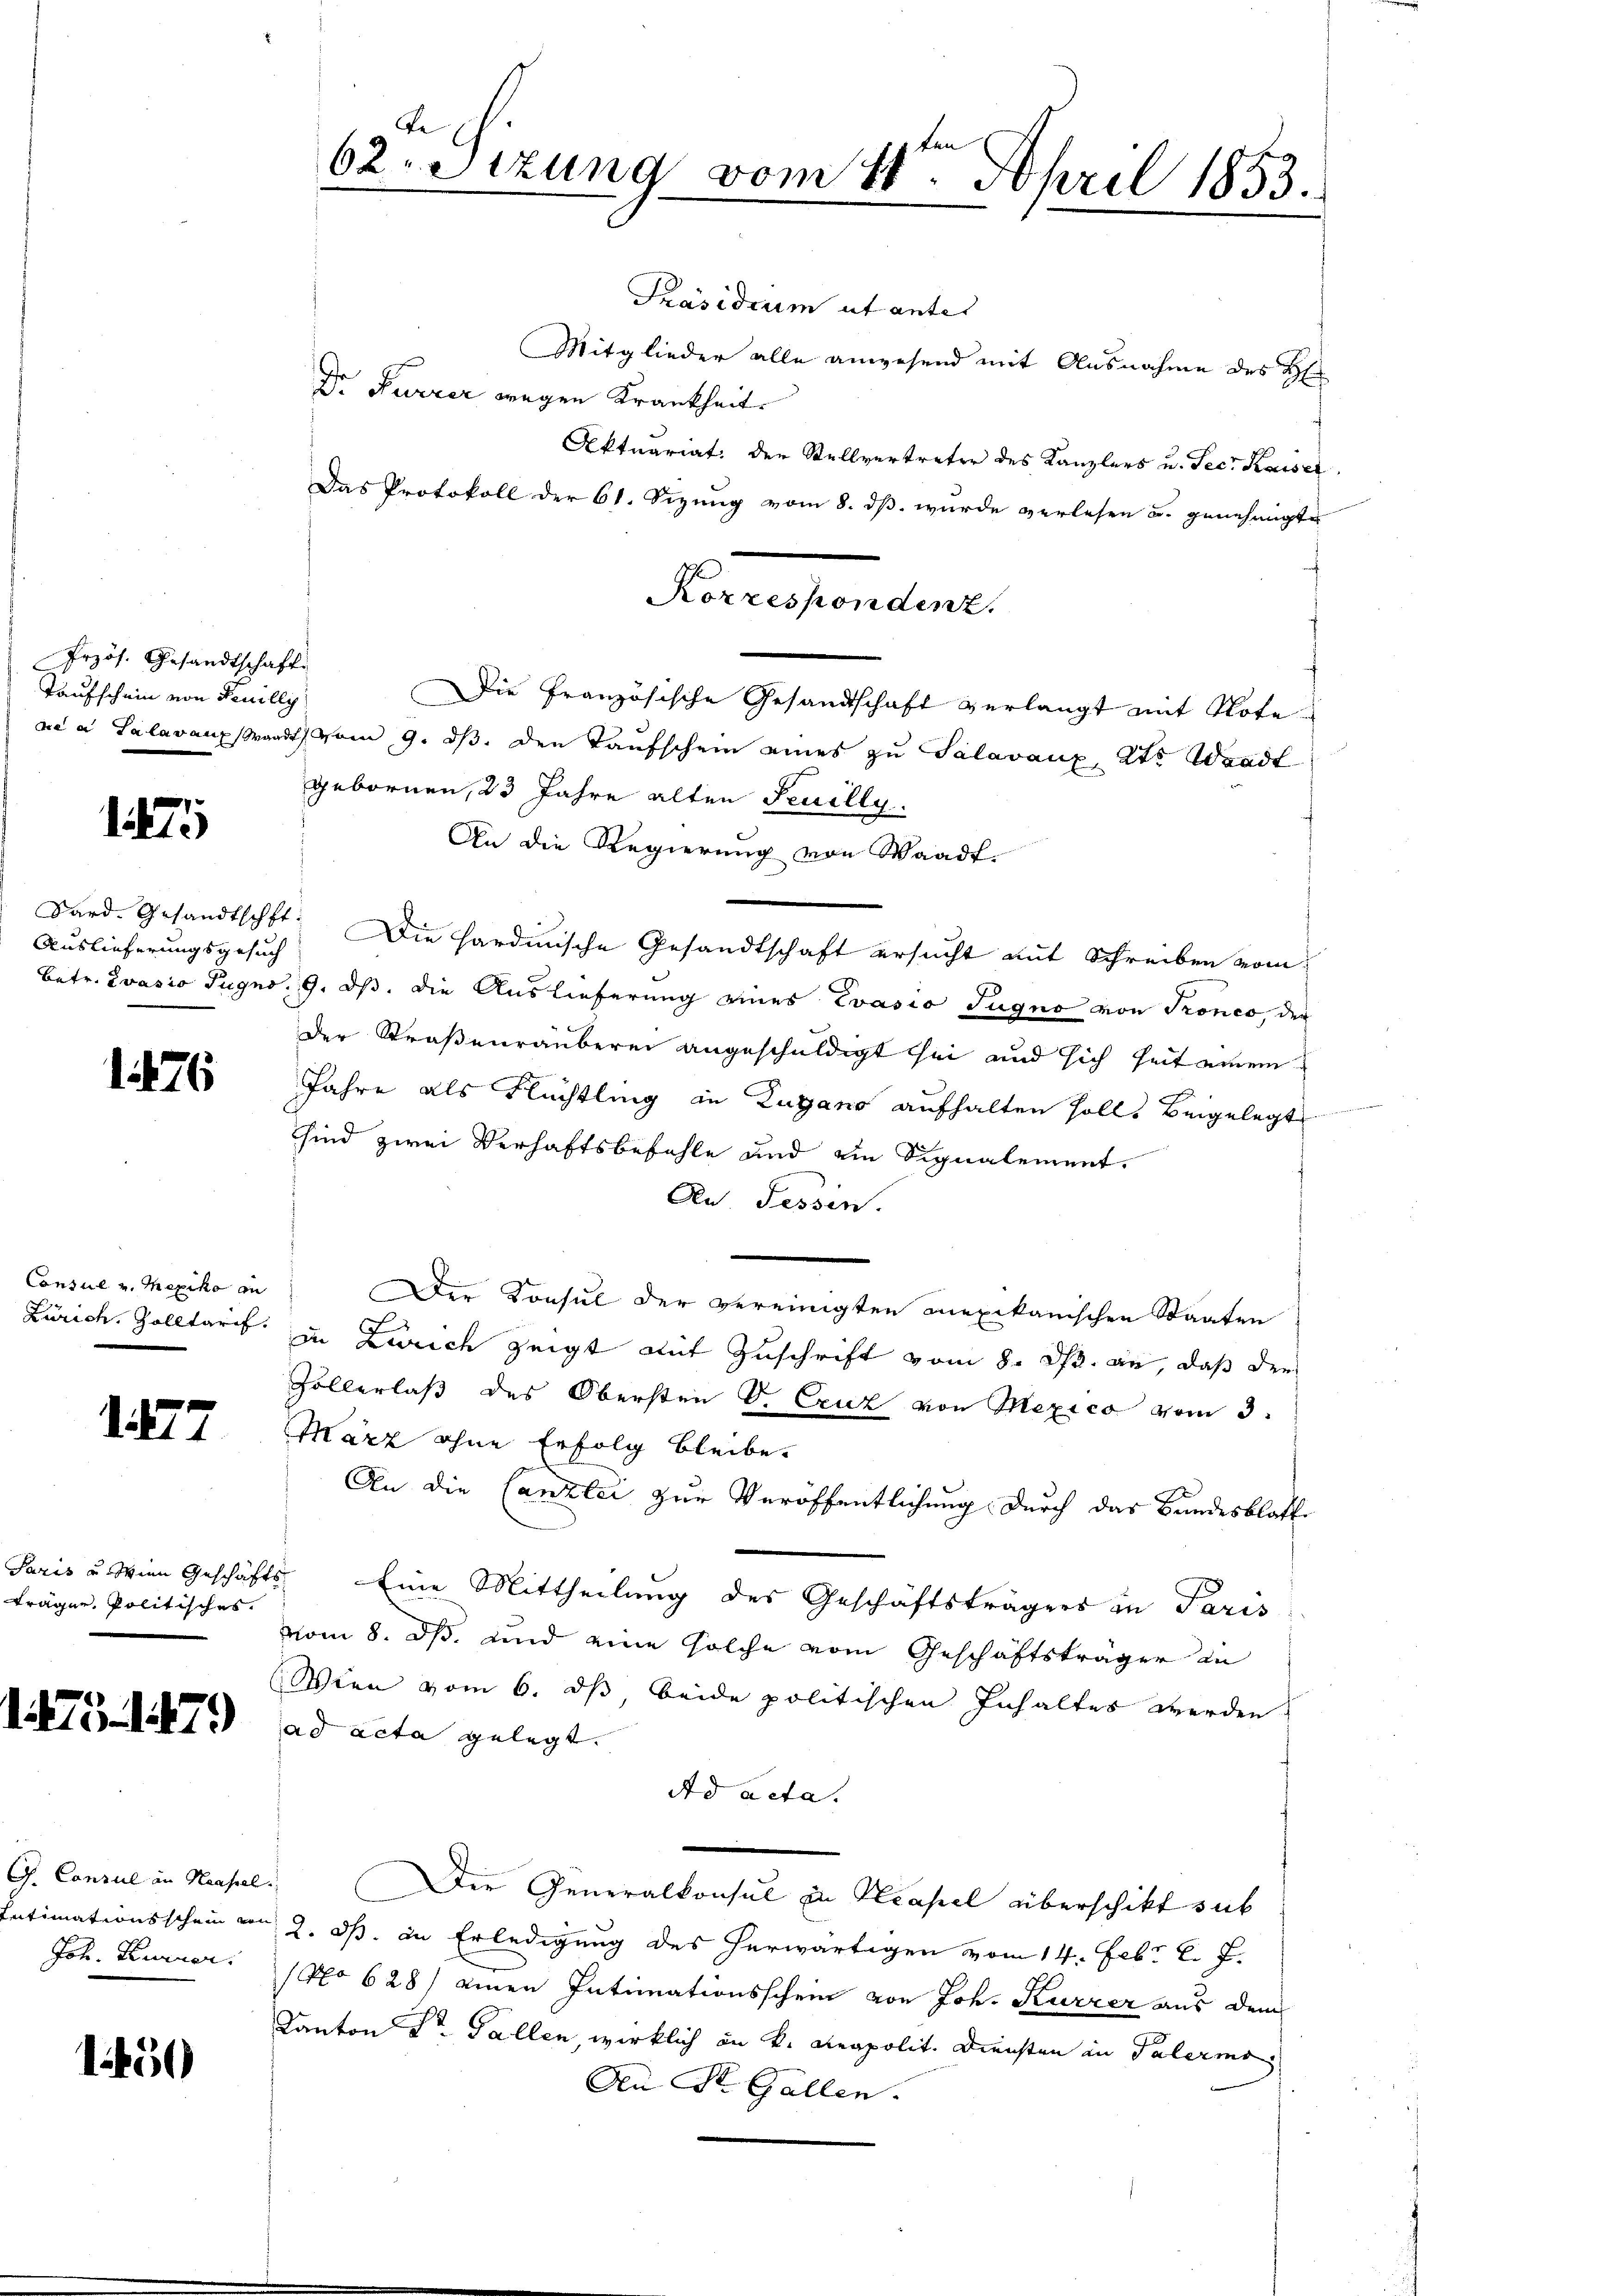
Erzös. Gesandtschaft
Taufschein von Feuilly

Auslieferungsgesuch

175

1

1276

Consul u. Mexiko an

1. 477

Fräger, Politisches.

150

47)

G. Consul in Haasse
ntimationsschein
Joh. Kurier.

62. Sizung vom 11ten April 1853.

Präsidium ut unter
Mitglieder alle anwesend mit Ausnahme des He
Dr Furrer wegen Krankheit
Aktuariat der Stellvertreter des Kanzlers u. Secr. Kaiser
Das Protokoll der 61. Sizung vom 8. ds. wurde verlesen u. genehmigte
Die Französische Gesandtschaft verlangt mit Note
ae a Salavaux Waadt vom 9. ds. den Taufschein eines zu Salavaux, 2te Waadt
gebornen, 23 Jahre alten Feuilly.
An die Regierung von Waadt.
Dard. Gesandtschft: Die hardinische Gesandtschaft ersucht mit Schreiben vom
betr. Evasio Jugno. 9. ds. die Auslieferung eines Evasio Sugno von Tronco, der
der Straßenräuberei angeschuldigt sei und sich heit einen
Jahre als Flüchtling in Zugano aufhalten solle beigelegt
sind zwei Verhaftsbefehle und ein Signalement.
An. Tessin.
Der Konsul der vereinigten mexikanischen Staaten
Zürich. Zolltarch, in Zürich zeigt mit Zuschrift vom 8. ds. an, daß der
Follerlaß des Obersten S. Exuz von Mexico vom 3.
März ohne Erfolg bleibe.
An die Canzlei zur Veröffentlichung durch das Bandesblatte
Paris u. Wien Geschäfts Eine Mittheilung des Geschäftsträgers in Paris
vom 8. Okt. und eine solche vom Geschäftsträger in
Wien vom 6. ds, beide politischen Inhaltes werden.
ad acta gelegt. |
Ad acta.
e. Der Generalkonsul zu Neapel überschikt sub
on 2. ds. in Erledigung des herwärtigen vom 14. Febr. l. J.
(No 628) einen Intimationsschein von Joh. Kurzer aus dem
Kanton Dr. Fallen, wirklich an k. Reapolit. Diensten in Palermo
An St. Gallen.

Korrespondenz.